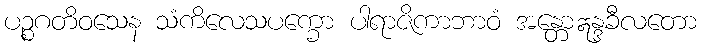
ပဉ္စဂတိဝသေန သံကိလေသပက္ခော ပါရာဇိကာဘာဝံ အန္တောဣန္ဒခီလတော